Annual report on the working of the lock hospitals in the North-Western Provinces and Oudh
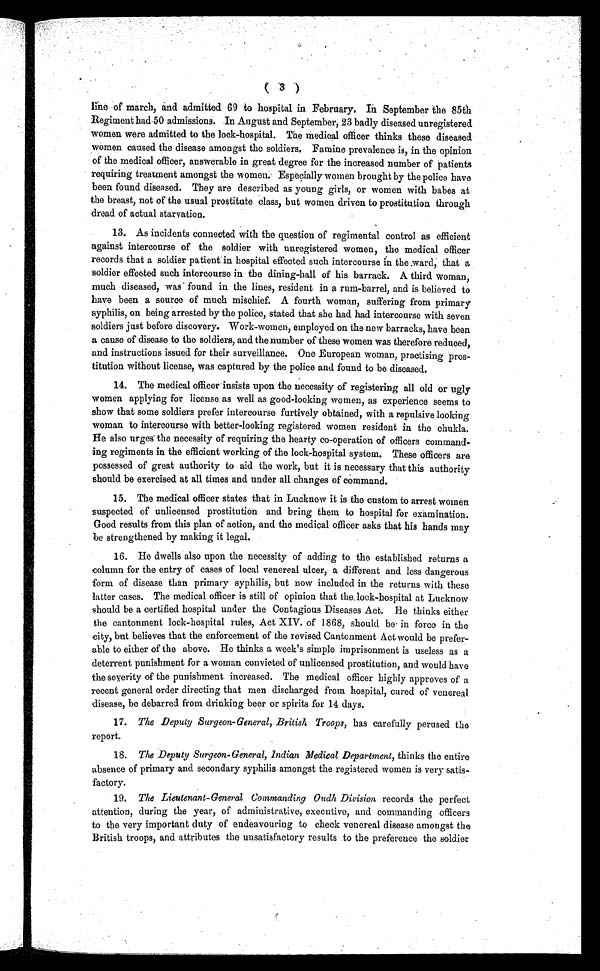
line of march, and admitted 69 to hospital in February. In September the 85th
Regiment had-50 admissions. In August and September, 23 badly diseased unregistered
women were admitted to the lock-hospital. The medical officer thinks these diseased
women caused the disease amongst the soldiers. Famine prevalence is, in the opinion
of the medical officer, answerable in great degree for the increased number of patients
requiring treatment amongst the women; Especially women brought by the police have
been found diseased. They are described as young girls, or women with babes at
the breast, not of the usual prostitute class, but women driven to prostitution through
dread of actual starvation.
13. As incidents connected with the question of regimental control as efficient
against intercourse of the soldier with unregistered women, the medical officer
records that a soldier patient in hospital effected such intercourse in the .ward, that a
soldier effected such intercourse in the dining-hall of his barrack. A third woman,
much diseased, was found in the lines, resident in a rum-barrel, and is believed to
have been a source of much mischief. A fourth woman, suffering from primary
syphilis, on being arrested by the police, stated that she had had intercourse with seven
soldiers just before discovery. Work-women, employed on the new barracks, have been
a cause of disease to the soldiers, and the number of these women was therefore reduced,
and instructions issued for their surveillance. One European woman, practising pros-
titution without license, was captured by the police and found to be diseased.
14. The medical officer-insists upon the necessity of registering all old or ugly
women applying for license as well as good-looking women, as experience seems to
show that some soldiers prefer intercourse furtively obtained, with a repulsive looking
woman to intercourse with better-looking registered women resident in the chukla.
He also urges the necessity of requiring the hearty co-operation of officers command-
ing regiments in the efficient working of the lock-hospital system. These officers are
possessed of great authority to aid the work, but it is necessary that this authority
should be exercised at all times and under all changes of command.
15. The medical officer states that in Lucknow it is the custom to arrest women
suspected of unlicensed prostitution and bring them to hospital for examination.
Good results from this plan of action, and the medical officer asks that his hands may
be strengthened by making it legal.
16. He dwells also upon the necessity of adding to the established returns a
column for the entry of cases of local venereal ulcer, a different and less dangerous
form of disease than primary syphilis, but now included in the returns with these
latter cases. The medical officer is still of opinion that the lock-hospital at Lucknow
should be a certified hospital under the Contagious. Diseases Act. He thinks either
the cantonment lock-hospital rules, Act XIV. of 1868, should be in force in the
city, but believes that the enforcement of the revised Cantonment Act would be prefer-
able to either of the above. He thinks a week's simple imprisonment is useless as a
deterrent punishment for a woman convicted of unlicensed prostitution, and would have
the severity of the punishment increased. The medical officer highly approves of a
recent general order directing that men discharged from hospital, cured of venereal
disease, be debarred from drinking beer or spirits for 14 days.
17. The Deputy Surgeon-General, British Troops , has carefully perused the
report.
18. The Deputy Surgeon-General, Indian Medical Department , thinks the entire
absence of primary and secondary syphilis amongst the registered women is very satis-
factory.
19. The Lieutenant-General Commanding Oudh Division records the perfect
attention, during the year, of administrative, executive, and commanding officers
to the very important duty of endeavouring to check venereal disease amongst the
British troops, and attributes the unsatisfactory results to the preference the soldier